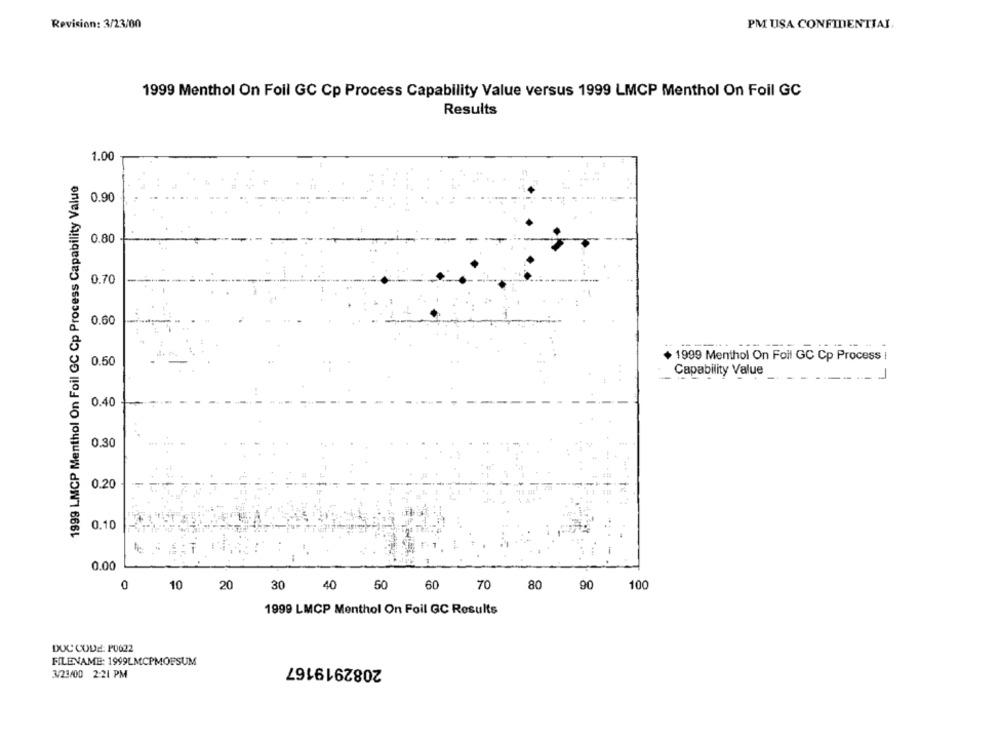
Revision: 3/23/00
PM USA CONFIDENTIAL.
1999 Menthol On Foil GC Cp Process Capability Value versus 1999 LMCP Menthol On Foil GC
Results
1.00
1999 LMCP Menthol On Foil GC Cp Process Capability Value
0.90
0.80
0.70
0.60
1999 Menthol On Foil GC Cp Process i
0.50
Capability Value
0.40
0.30
0.20
0.10
0.00
10
20
50
60
70
90
100
30
40
80
1999 LMCP Menthol On Foil GC Results
DUC CODE: P0022
FILENAME: 1999LMCPMOFSUM
2082919167
3/23/00 2:21 PM